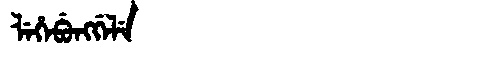
Manchu: ᠯᡝᡥᡝᠪᡠᠩᡤᡝᠯᡝ
Romanization: LEHEBUNGGELE